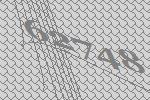
62748